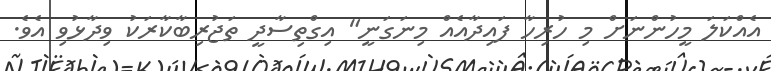
އެއްކަލަ މީހުންނަށް މި ހުރިހާ ފައިދާއެއް މިނަގަނީ" އިގްތިސާދީ ތަޖުރިބާކާރަކު ވިދާޅުވި އެވެ.